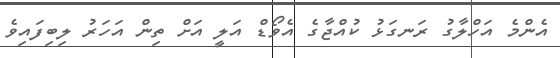
އެންމެ އަހްލާގު ރަނގަޅު ކުއްޖާގެ އެވޯޑް އަލީ އަށް ތިން އަހަރު ލިބިފައިވެ